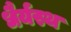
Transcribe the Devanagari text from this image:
धैर्यस्थ